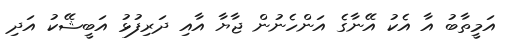
އަމީތާބު އާ އެކު އޭނާގެ އަންހެނުން ޖާޔާ އާއި ދަރިފުޅު އަބީޝޭކު އަދި